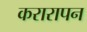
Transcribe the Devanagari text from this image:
करारापन